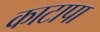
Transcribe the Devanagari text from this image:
काटापा